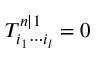
T _ { i _ { 1 } \cdots i _ { l } } ^ { n | 1 } = 0